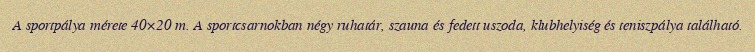
A sportpálya mérete 40×20 m. A sportcsarnokban négy ruhatár, szauna és fedett uszoda, klubhelyiség és teniszpálya található.